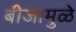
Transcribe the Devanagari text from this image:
बीजामुळे